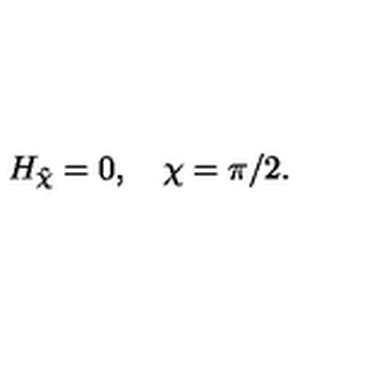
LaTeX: H _ { \hat { \chi } } = 0 , \quad \chi = \pi / 2 .